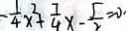
- \frac { 1 } { 4 } x ^ { 2 } + \frac { 7 } { 4 } x - \frac { 5 } { 2 } = 0 .